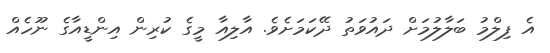
އެ ފިލްމު ބަލާލުމަށް ދައުވަތު ދޭކަމަށެވެ. އާލިއާ މީގެ ކުރިން އިންޑީއާގެ ނޫހެއް